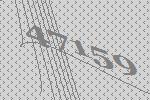
47159